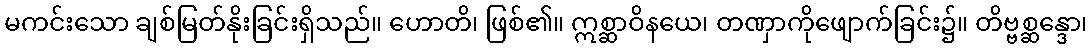
မကင်းသော ချစ်မြတ်နိုးခြင်းရှိသည်။ ဟောတိ၊ ဖြစ်၏။ ဣစ္ဆာဝိနယေ၊ တဏှာကိုဖျောက်ခြင်း၌။ တိဗ္ဗစ္ဆန္ဒော၊